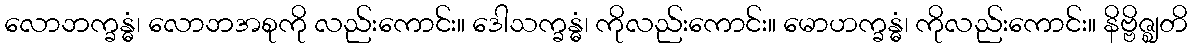
လောဘက္ခန္ဓံ၊ လောဘအစုကို လည်းကောင်း။ ဒေါသက္ခန္ဓံ၊ ကိုလည်းကောင်း။ မောဟက္ခန္ဓံ၊ ကိုလည်းကောင်း။ နိဗ္ဗိဇ္ဈတိ